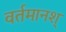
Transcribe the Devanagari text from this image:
वर्तमानश्